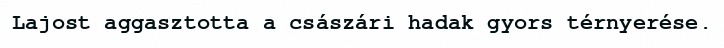
Lajost aggasztotta a császári hadak gyors térnyerése.